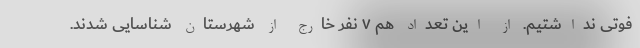
فوتی نداشتیم. از این تعداد هم ۷ نفر خارج از شهرستان شناسایی شدند.